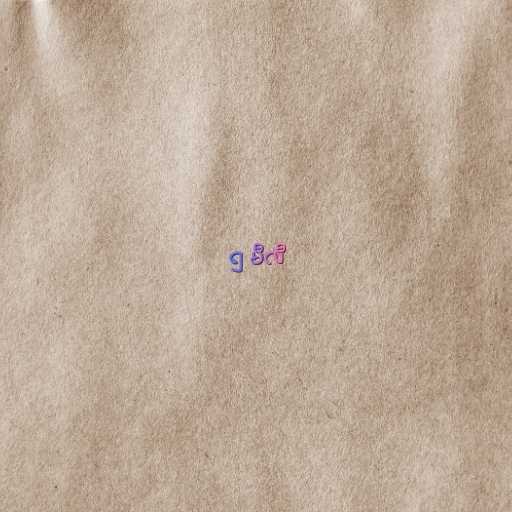
၅ မီလီ